Civil Veterinary Department Bihar & Orissa reports 1929-36 - 1929-1936
Year: 1929
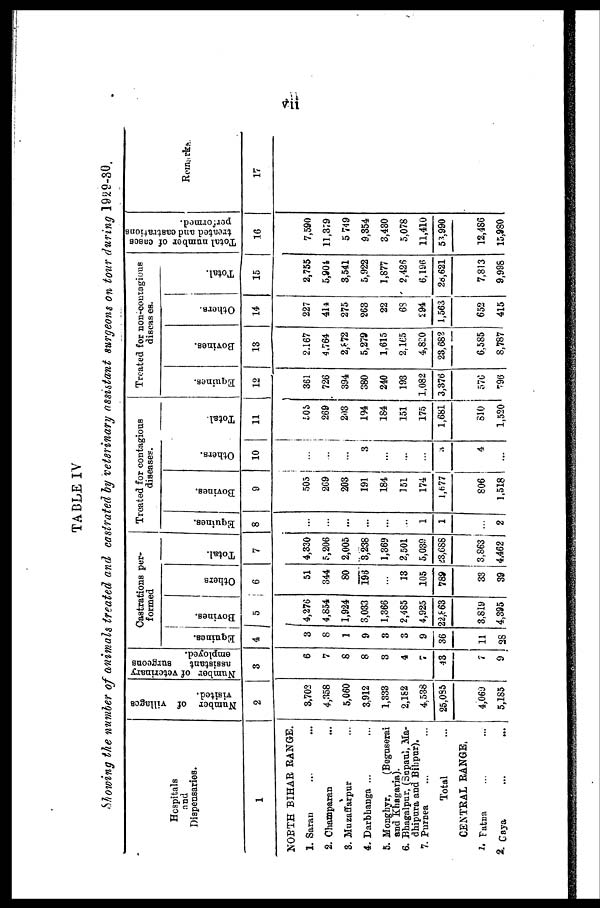
vii
TABLE IV
Showing the number of animals treated and castrated by veterinary assistant surgeons on tour during 1929-30.
Hospitals
and
Dispensaries.
1
NORTH BIHAR RANGE.
1. Saran ... ...
2. Champaran ... ...
S. Muzaffarpur ...
4. Darbhanga ... ...
5. Monghyr,
(Beguserai
and Khagaria).
6. Bbagalpur, (Supaul, Ma-
dhipura and Bihpur).
7. Purnea ... ...
Total
CENTRAL RANGE.
1. Fatna ... ...
2. Gaya
...
...
Number of villages
visited.
2
3,702
4,358
5,060
3,912
1,333
2,182 4,538
25,085
4,069
5,185
Number of veterinary
assistant
surgeons
employed.
3
6
7
8
8
8
4
7
43
7
9
Castrations per-
formed
Equines.
4
3
8
1
9
3
3
9
36
11
28
Bovines.
5
4,276
4,854
1,924
3,033
1,366
2,485 4,925
22,863
3,819
4,395
Others
6
51
344
80
198
...
13 105
789
33
39
Total.
7
4,330
5,206
2,005
3,238
1,369
2,501 5,039
23.688
3,863
4,462
Treated for contagions
diseases.
Equines.
8
...
...
...
...
...
... 1
1
...
2
Bovines.
9
505
269
203
191
184
151 174
1,677
806
1,518
Others.
10
...
...
...
3
...
...
...
3
4
...
Total.
11
505
269
203
194
184
151 175
1,681
810
1,520
Treated for non-contogious
diseases.
Equines.
12
361
726
394
380
240
193 1,082
3,376
576
796
Bovines.
13
2,167
4,764
2,872
5,279
1,615
2,165 4,820
23,682
6,585
8,787
Others.
14
227
414
275
263
22
68 294
1,563
652
415
Total.
15
2,755
5,904
3,541
5,922
1,877
2,426 6,196
28,621
7,813
9,998
Total number of cases
treated and castrations
performed.
16
7,590
11,379
5,749
9,354
3,430
5,078 11,410
53,990
12,486
15,980
Remarks.
17